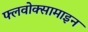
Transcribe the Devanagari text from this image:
फ्लवोक्सामाइन